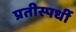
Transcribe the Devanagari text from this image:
प्रतीस्पर्धी